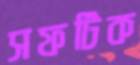
সফটিক